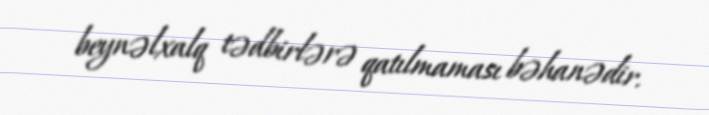
beynəlxalq tədbirlərə qatılmaması bəhanədir.